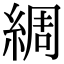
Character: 綢